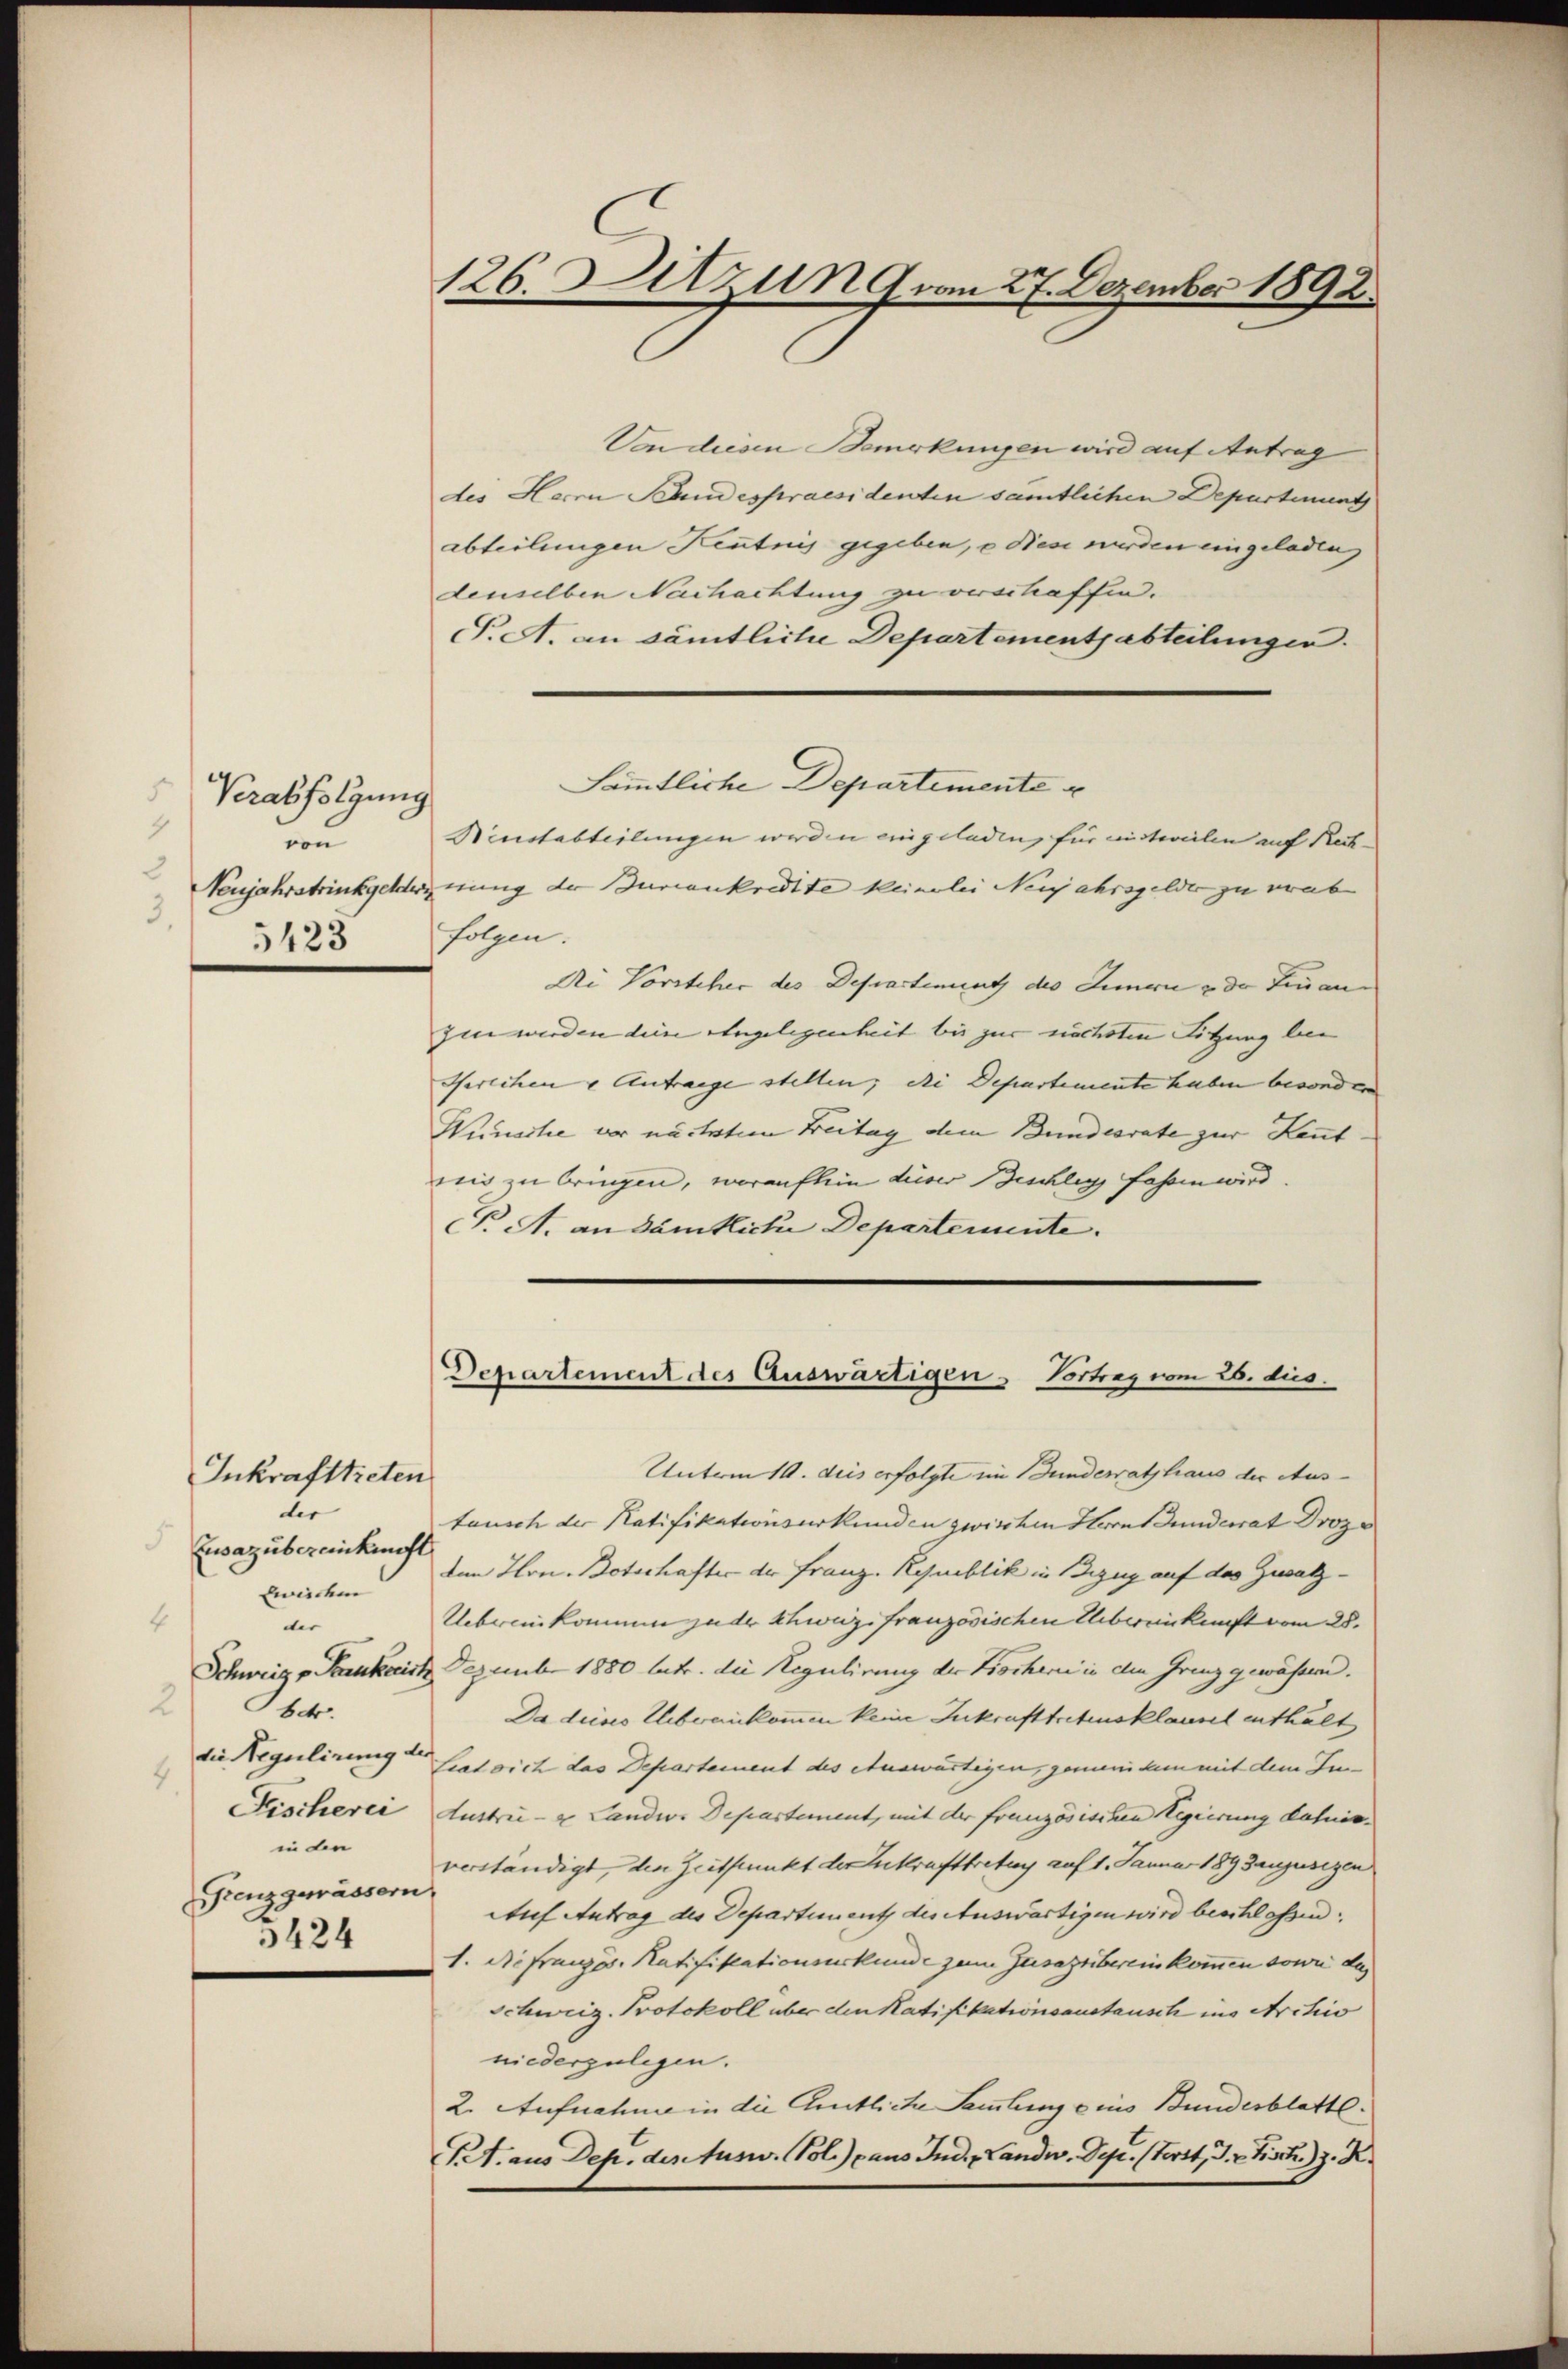
Verabfolgung
4
von
2
3
5123

Inkrafttreten
der
Eusazubereinkunft
wieder
4
der
2
betr.
die Regulirung der
in den
Grenz gewässern

3424

Von diesen Bemerkungen wird auf Antrag
des Herrn Pandespraesidenten sämtlichen Departinung
abteilungen Kenntnis gegeben, o diese wurden eingeladen
denselben Nachachtung zu verschaffen.
P.A. an sämtliche Departementsabteilungen.
Binstabteilungen werden eingelading für mistweilen auf Rech¬
Neujahrstrinkgelderung der Buriankredite keinerlei Neujahrsgelder zu verabe
folgen.
Di Vorsteher des Departenunt des Innern & der Finanzin werden die Angelegenheit bis zur nächsten Sitzung bei
Gerechen & Antrage stellen; die Departemente haben besonden |
Winache er nächstem Breitag dem Bundesrate zur Kennt.
nis zu bringen, woraufhin dieser Beschlig fahren wird.
P. A. an Dämtliche Departemente.

Unterm 10. deis erfolgte im Bunderathhaus der Aus-
tausch der Ratifikationsurkunden zwischen Herrn Gunderat Droze
dem Hrn. Botschafter der Franz. Raublik in Bezug auf das Zwalz-
Uebereinkommen zu der Schweiz französischen Übereinkunft vom 28.
Schweiz v. Paukerist. Dezember 1880 lutr. die Regulirung der Brochen in den Grenz gewässern.
Da dieses Uebereinkommen keine Inkrafttretensklausel enthalt
Leat sich das Departement des Auswärtigen, gemendem mit dem Inn
Fischerei Austrie- & Landw. Departement, mit der französischen Regierung dahnis.
verständigt, den Zeitpunkt der Inkrafttretung auf 1. Januar 189 Jungusigen
Auf Antrag des Departement der Auswärtigen wird beschlossen.
1. Die französ. Ratifikationsurkunde zum Zusazübereinkommen sowie das
Schweiz. Protokoll über den Ratifikationsanstausch ins Archiv
niederzulegen.
2. Aufnahme in die Amtliche Sammlung eins Bundesblatte.
S. aus Dep. des Jusw. Vol. pans Inde Landw. Der. (Terit, J. Fisch. z. K.

126. Sitzung vom 27. Dezember 1892.

Sämmtliche Departemente

)
Departement des Auswärtigen Vortrag vom 26. dies